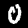
Digit: 0